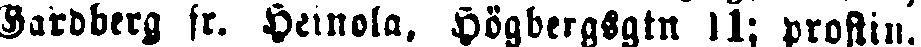
Gardberg fr. Heinola. Högbergsgatan 11; prostin.